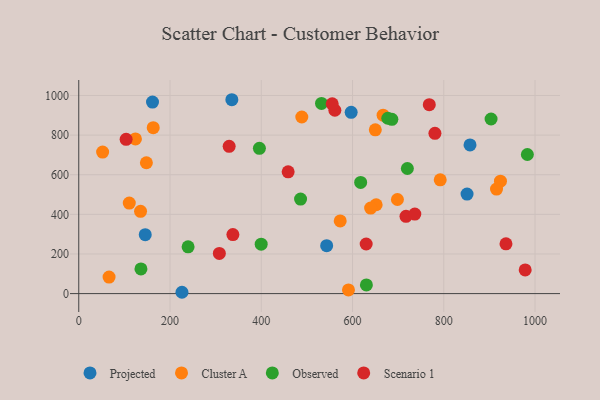
{"axis": {"x": "Speed", "y": "Rating"}, "legend": ["Cluster A", "Observed", "Projected", "Scenario 1"], "data": [{"x": "335.5", "y": 978.6, "type": "Projected"}, {"x": "161.6", "y": 966.7, "type": "Projected"}, {"x": "851.0", "y": 502.6, "type": "Projected"}, {"x": "543.3", "y": 241.8, "type": "Projected"}, {"x": "145.7", "y": 297.4, "type": "Projected"}, {"x": "597.0", "y": 914.9, "type": "Projected"}, {"x": "857.5", "y": 750.7, "type": "Projected"}, {"x": "226.2", "y": 6.7, "type": "Projected"}, {"x": "573.0", "y": 366.7, "type": "Cluster A"}, {"x": "148.2", "y": 660.6, "type": "Cluster A"}, {"x": "66.4", "y": 83.3, "type": "Cluster A"}, {"x": "924.2", "y": 567.5, "type": "Cluster A"}, {"x": "915.6", "y": 527.8, "type": "Cluster A"}, {"x": "651.8", "y": 448.5, "type": "Cluster A"}, {"x": "110.7", "y": 457.0, "type": "Cluster A"}, {"x": "591.1", "y": 18.4, "type": "Cluster A"}, {"x": "667.0", "y": 900.4, "type": "Cluster A"}, {"x": "698.4", "y": 475.1, "type": "Cluster A"}, {"x": "135.4", "y": 415.5, "type": "Cluster A"}, {"x": "639.7", "y": 431.9, "type": "Cluster A"}, {"x": "792.2", "y": 574.5, "type": "Cluster A"}, {"x": "52.3", "y": 714.6, "type": "Cluster A"}, {"x": "649.9", "y": 826.5, "type": "Cluster A"}, {"x": "124.2", "y": 780.5, "type": "Cluster A"}, {"x": "488.8", "y": 891.4, "type": "Cluster A"}, {"x": "163.2", "y": 837.6, "type": "Cluster A"}, {"x": "399.8", "y": 249.6, "type": "Observed"}, {"x": "677.3", "y": 885.1, "type": "Observed"}, {"x": "486.1", "y": 477.2, "type": "Observed"}, {"x": "239.6", "y": 236.2, "type": "Observed"}, {"x": "617.8", "y": 561.1, "type": "Observed"}, {"x": "136.3", "y": 124.6, "type": "Observed"}, {"x": "630.4", "y": 43.9, "type": "Observed"}, {"x": "686.2", "y": 879.5, "type": "Observed"}, {"x": "983.2", "y": 702.1, "type": "Observed"}, {"x": "395.9", "y": 733.3, "type": "Observed"}, {"x": "532.0", "y": 960.0, "type": "Observed"}, {"x": "720.2", "y": 631.4, "type": "Observed"}, {"x": "903.6", "y": 881.4, "type": "Observed"}, {"x": "978.4", "y": 119.3, "type": "Scenario 1"}, {"x": "780.6", "y": 808.8, "type": "Scenario 1"}, {"x": "103.8", "y": 778.9, "type": "Scenario 1"}, {"x": "768.2", "y": 953.6, "type": "Scenario 1"}, {"x": "308.1", "y": 203.0, "type": "Scenario 1"}, {"x": "561.3", "y": 925.6, "type": "Scenario 1"}, {"x": "717.2", "y": 390.0, "type": "Scenario 1"}, {"x": "629.9", "y": 250.3, "type": "Scenario 1"}, {"x": "337.8", "y": 298.1, "type": "Scenario 1"}, {"x": "329.6", "y": 743.5, "type": "Scenario 1"}, {"x": "936.3", "y": 251.3, "type": "Scenario 1"}, {"x": "736.5", "y": 401.6, "type": "Scenario 1"}, {"x": "555.5", "y": 957.9, "type": "Scenario 1"}, {"x": "458.9", "y": 614.9, "type": "Scenario 1"}]}